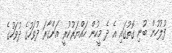
ފުލުހުން ބުނި ގޮތުގައި އެ ދެ މީހުން ހައްޔަރުކުރީ އަންގާރަ ދުވަހުގެ ދުވަހުގެ